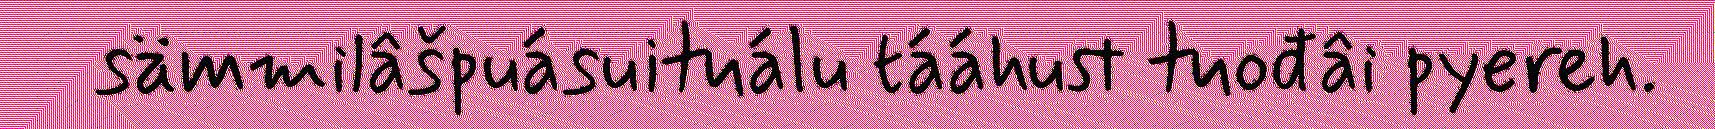
sämmilâšpuásuituálu tááhust tuođâi pyereh.